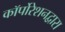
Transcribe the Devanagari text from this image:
कॉर्पोरेशनद्वारा